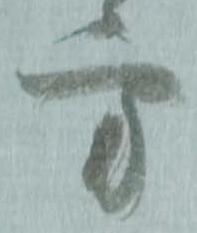
方